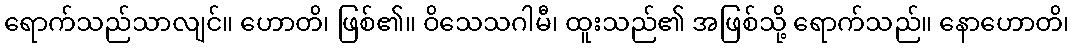
ရောက်သည်သာလျင်။ ဟောတိ၊ ဖြစ်၏။ ဝိသေသဂါမီ၊ ထူးသည်၏ အဖြစ်သို့ ရောက်သည်။ နောဟောတိ၊